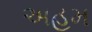
અહમ